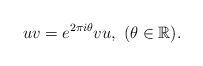
\begin{align*}uv = e^{2\pi i\theta}vu, \ (\theta \in \mathbb{R}).\end{align*}